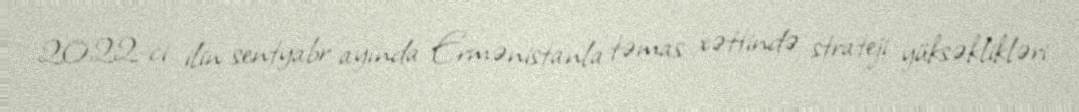
2022-ci ilin sentyabr ayında Ermənistanla təmas xəttində strateji yüksəklikləri